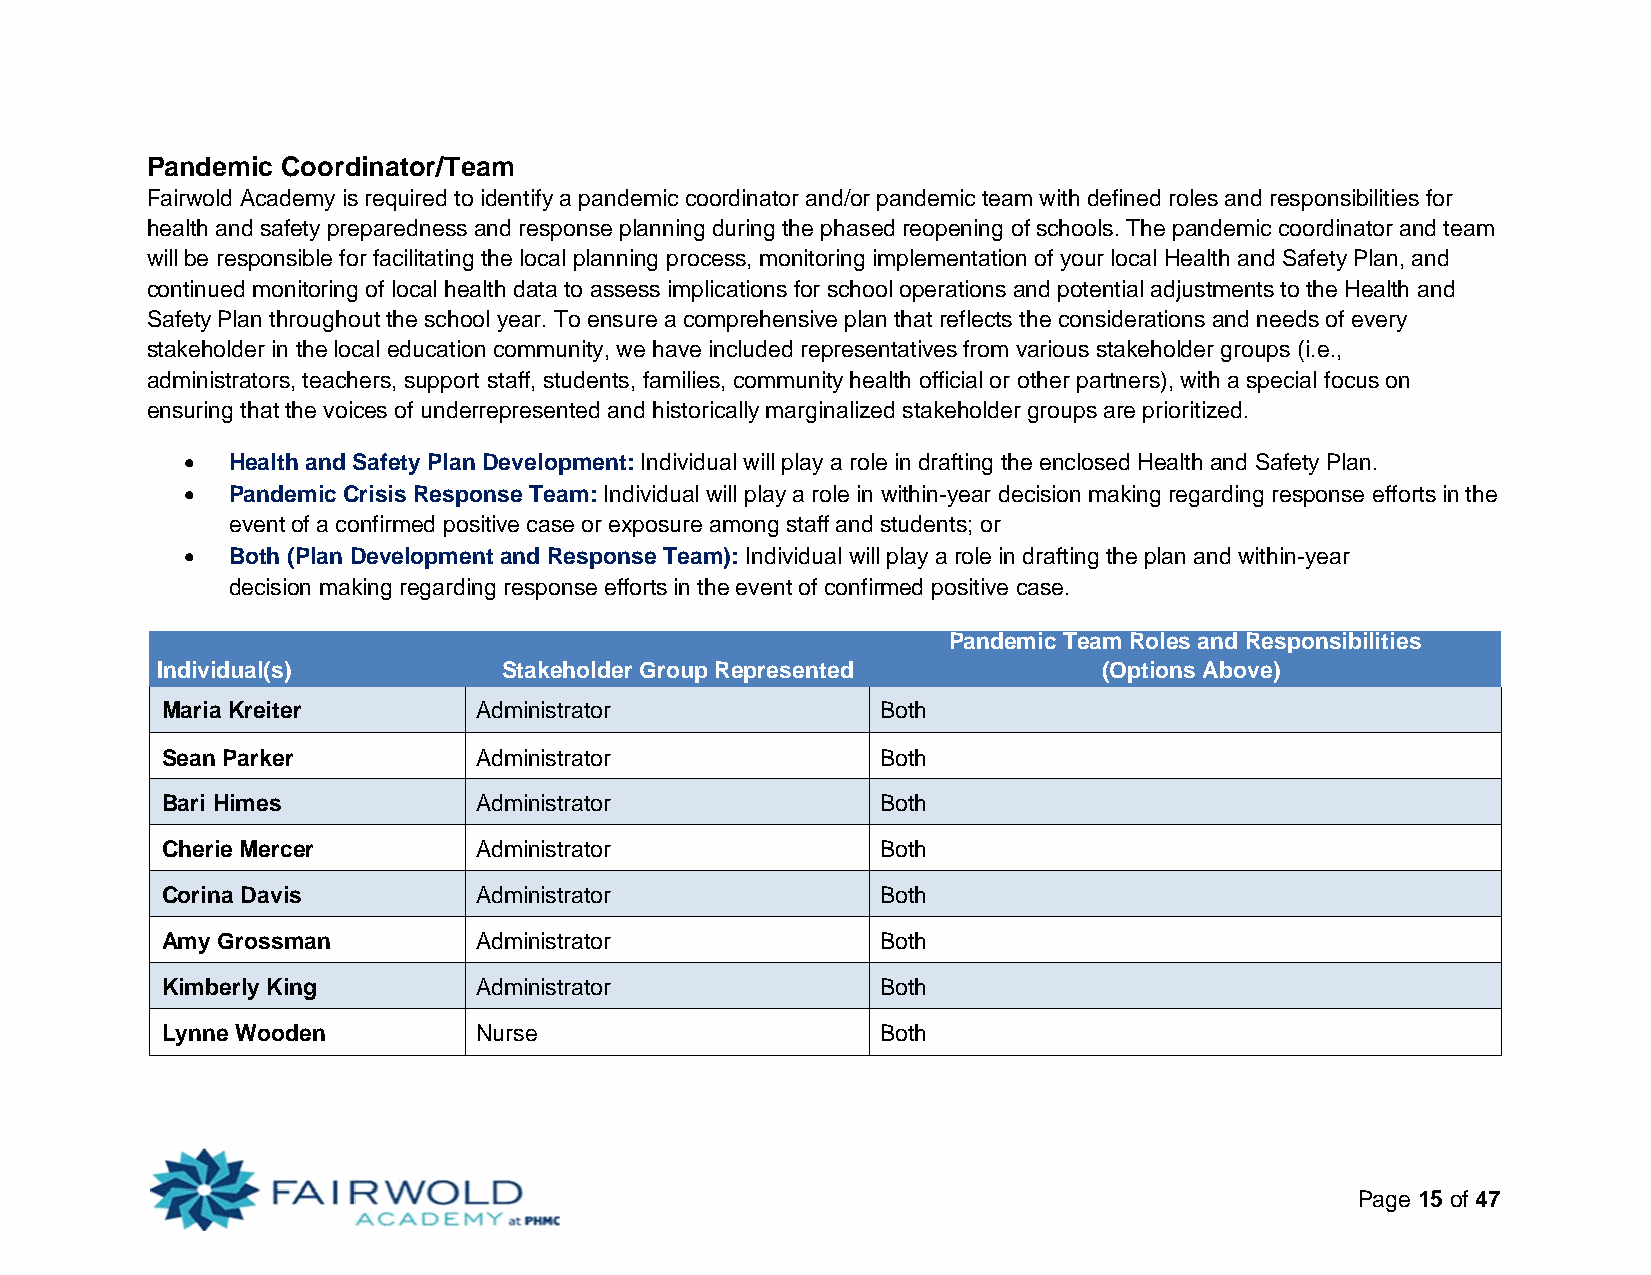
Pandemic Coordinator/Team
 Fairwold Academy is required to identify a pandemic coordinator and/or pandemic team with defined roles and responsibilities for
 health and safety preparedness and response planning during the phased reopening of schools. The pandemic coordinator and team
 will be responsible for facilitating the local planning process, monitoring implementation of your local Health and Safety Plan, and
 continued monitoring of local health data to assess implications for school operations and potential adjustments to the Health and
 Safety Plan throughout the school year. To ensure a comprehensive plan that reflects the considerations and needs of every
 stakeholder in the local education community, we have included representatives from various stakeholder groups (i.e.,
 administrators, teachers, support staff, students, families, community health official or other partners), with a special focus on
 ensuring that the voices of underrepresented and historically marginalized stakeholder groups are prioritized.
   Health and Safety Plan Development: Individual will play a role in drafting the enclosed Health and Safety Plan.
   Pandemic Crisis Response Team: Individual will play a role in within-year decision making regarding response efforts in the
 event of a confirmed positive case or exposure among staff and students; or
   Both (Plan Development and Response Team): Individual will play a role in drafting the plan and within-year
 decision making regarding response efforts in the event of confirmed positive case.
 Pandemic Team Roles and Responsibilities
 Individual(s)          Stakeholder Group Represented           (Options Above)
 Maria Kreiter        Administrator             Both
 Sean Parker          Administrator             Both
 Bari Himes           Administrator             Both
 Cherie Mercer        Administrator             Both
 Corina Davis         Administrator             Both
 Amy Grossman         Administrator             Both
 Kimberly King        Administrator             Both
 Lynne Wooden         Nurse                     Both
 Page 15 of 47